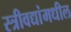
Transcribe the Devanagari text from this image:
स्त्रीवद्यांमधील